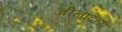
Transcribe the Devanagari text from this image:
चीलादारी